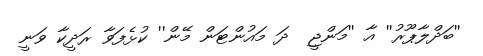
''ބަދްލާޕޫރު'' އާ ''މަންޖީ  ދަ މައުންޓަން މޭން'' ކުޅެފަވާ ރަދީކާ ވަނީ